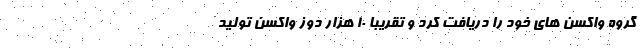
گروه واکسن های خود را دریافت کرد و تقریباً ۱۰ هزار دوز واکسن تولید